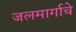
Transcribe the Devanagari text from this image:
जलमार्गाचे